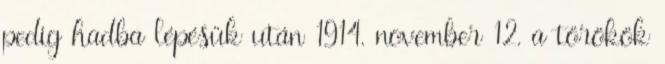
pedig hadba lépésük után 1914. november 12. a törökök